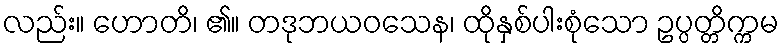
လည်း။ ဟောတိ၊ ၏။ တဒုဘယဝသေန၊ ထိုနှစ်ပါးစုံသော ဥပ္ပတ္တိက္ကမ